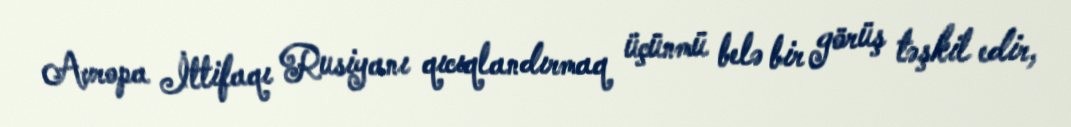
Avropa İttifaqı Rusiyanı qıcıqlandırmaq üçünmü belə bir görüş təşkil edir,